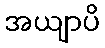
အယျာပိ